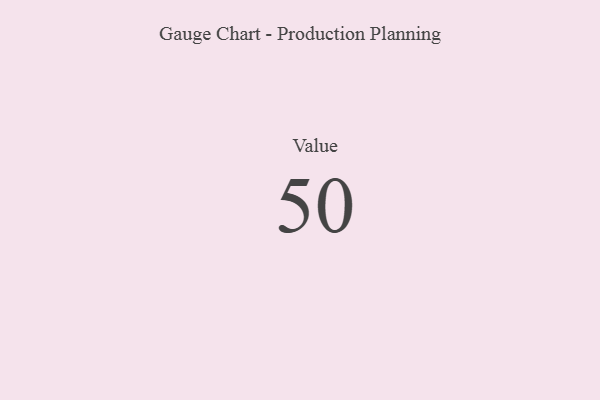
{"axis": {"x": "Metric", "y": "Value"}, "legend": [""], "data": [{"x": "Value", "y": 50, "type": ""}]}